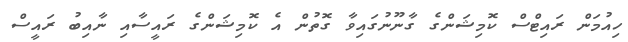
ހިއުމަން ރައިޓްސް ކޮމިޝަންގެ ގާނޫނުގައިވާ ގޮތުން އެ ކޮމިޝަންގެ ރައީސާއި ނާއިބު ރައީސް